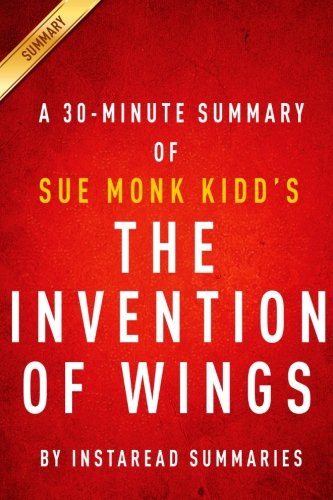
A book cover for A 30-Minute Summary of Sue Monk Kidd's The Invention of Wings; InstaRead Summaries; Literature & Fiction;